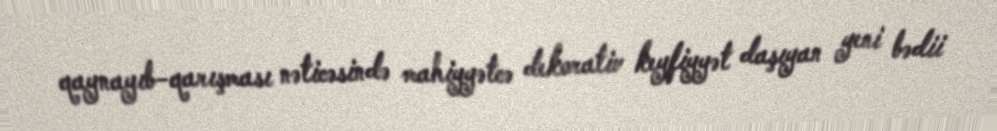
qaynayıb-qarışması nəticəsində mahiyyətcə dekorativ keyfiyyət daşıyan yeni bədii